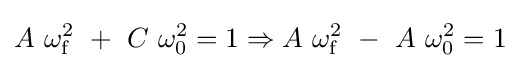
A\ \omega _{\mathrm {f} }^{2}\ +\ C\ \omega _{0}^{2}=1\Rightarrow A\ \omega _{\mathrm {f} }^{2}\ -\ A\ \omega _{0}^{2}=1